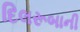
દિલરૂબાની